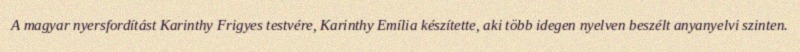
A magyar nyersfordítást Karinthy Frigyes testvére, Karinthy Emília készítette, aki több idegen nyelven beszélt anyanyelvi szinten.